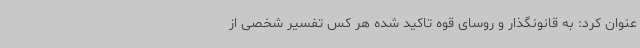
عنوان کرد: به قانونگذار و روسای قوه تاکید شده هر کس تفسیر شخصی از